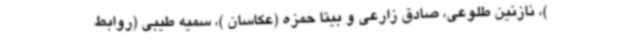
)، نازنین طلوعی، صادق زارعی و بیتا حمزه (عکاسان )، سمیه طیبی (روابط